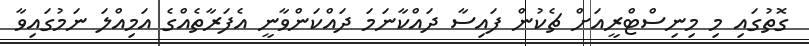
ގޮތުގައި މި މިނިސްޓްރީއަށް ޗެކުން ފައިސާ ދައްކާނަމަ ދައްކަންވާނީ އެފަރާތެއްގެ އަމިއްލަ ނަމުގައިވާ